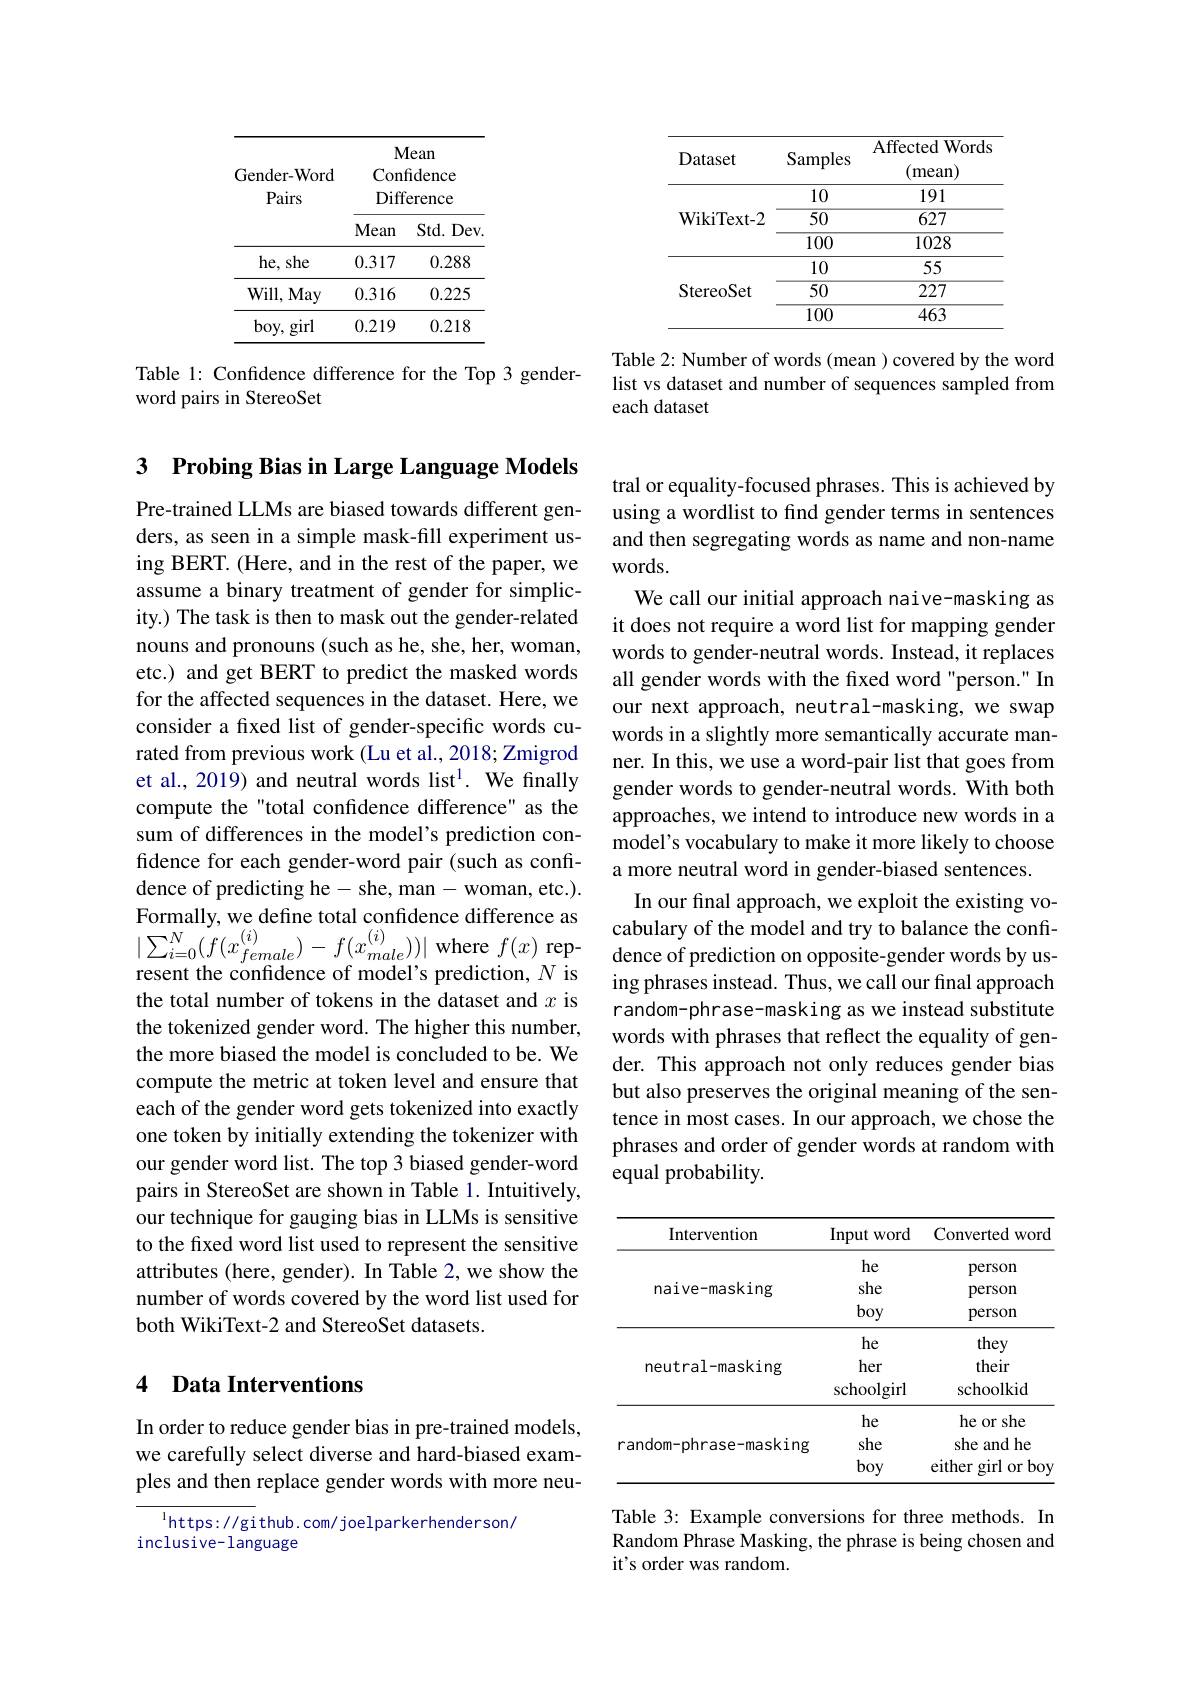
<table>
	<tbody>
		<tr>
			<td>Gender- Word Pairs</td>
			<td>$N.$ Con Diff</td>
			<td>1ean fidence erence</td>
		</tr>
		<tr>
			<th> </th>
			<th>$N$</th>
			<th>1ean</th>
		</tr>
		<tr>
			<td>Gender-Word $\mathbf{p}_{\mathrm{airc}}$</td>
			<td>Con T</td>
			<td>fidence</td>
		</tr>
		<tr>
			<td> </td>
			<td>Mean</td>
			<td>Std. Dev</td>
		</tr>
		<tr>
			<td>he, she</td>
			<td>0.317</td>
			<td>0.288</td>
		</tr>
		<tr>
			<td>Will, May</td>
			<td>0.316</td>
			<td>0.225</td>
		</tr>
		<tr>
			<td>$boy$, girl</td>
			<td>0.219</td>
			<td>0.218</td>
		</tr>
	</tbody>
</table>

word pairs in StereoSet

3 $\textbf{Probing Bias in Large Language Models}$

Pre-trained LLMs are biased towards different genders, as seen in a simple mask-fill experiment using BERT. (Here, and in the rest of the paper, we assume a binary treatment of gender for simplicity.) The task is then to mask out the gender-related nouns and pronouns (such as he, she, her, woman, etc.) and get BERT to predict the masked words for the affected sequences in the dataset. Here, we consider a fixed list of gender-specific words curated from previous work (Lu et al., 2018; Zmigrod et al., 2019) and neutral words list$^{1}.$ We finally compute the "total confidence difference" as the sum of differences in the model's prediction confidence for each gender-word pair (such as confidence of predicting he- she, man- woman, etc.). the total number of tokens in the dataset and $x$ is the tokenized gender word. The higher this number, the more biased the model is concluded to be. We compute the metric at token level and ensure that each of the gender word gets tokenized into exactly one token by initially extending the tokenizer with our gender word list. The top 3 biased gender-word pairs in StereoSet are shown in Table 1. Intuitively, our technique for gauging bias in LLMs is sensitive to the fixed word list used to represent the sensitive attributes (here, gender). In Table 2, we show the number of words covered by the word list used for both WikiText-2 and StereoSet datasets.

### 4 Data Interventions

In order to reduce gender bias in pre-trained models, we carefully select diverse and hard-biased examples and then replace gender words with more neu-

$^{1}$https: //github. com/ joelparkerhenderson/
inclusive- language

<table>
	<tbody>
		<tr>
			<th>Dataset</th>
			<th>Samples</th>
			<th>${\mathrm{Affected~Words}}$ (mean)</th>
		</tr>
		<tr>
			<td> </td>
			<td>10</td>
			<td>191</td>
		</tr>
		<tr>
			<td>WikiText- 2</td>
			<td>$\overline{50}$</td>
			<td>627</td>
		</tr>
		<tr>
			<td> </td>
			<td>100</td>
			<td>1028</td>
		</tr>
		<tr>
			<td rowspan="3">StereoSet</td>
			<td>10</td>
			<td>55</td>
		</tr>
		<tr>
			<td>$\overline{50}$</td>
			<td>227</td>
		</tr>
		<tr>
			<td>100</td>
			<td>463</td>
		</tr>
	</tbody>
</table>

Table 2: Number of words (mean ) covered by the word
Table l: Confidence difference for the Top 3 gender- list vs dataset and number of sequences sampled from
each dataset

tral or equality-focused phrases. This is achieved by using a wordlist to find gender terms in sentences and then segregating words as name and non-name words.
We call our initial approach naive-masking as it does not require a word list for mapping gender words to gender-neutral words. Instead, it replaces all gender words with the fixed word "person." In our next approach, neutral-masking, we swap words in a slightly more semantically accurate manner. In this, we use a word-pair list that goes from gender words to gender-neutral words. With both approaches, we intend to introduce new words in a model's vocabulary to make it more likely to choose a more neutral word in gender-biased sentences.
In our final approach, we exploit the existing vo-
ing phrases instead. Thus, we call our final approach random-phrase-masking as we instead substitute words with phrases that reflect the equality of gender. This approach not only reduces gender bias but also preserves the original meaning of the sentence in most cases. In our approach, we chose the phrases and order of gender words at random with equal probability.

<table>
	<tbody>
		<tr>
			<th>Intervention</th>
			<th>Input word</th>
			<th>Converted word T</th>
		</tr>
		<tr>
			<td rowspan="3">naive-masking</td>
			<td>he</td>
			<td>person</td>
		</tr>
		<tr>
			<td>she</td>
			<td>person</td>
		</tr>
		<tr>
			<td>boy</td>
			<td>person</td>
		</tr>
		<tr>
			<td rowspan="3">neutral-masking</td>
			<td>he</td>
			<td>they</td>
		</tr>
		<tr>
			<td>her</td>
			<td>their</td>
		</tr>
		<tr>
			<td>schoolgirl</td>
			<td>schoolkid</td>
		</tr>
		<tr>
			<td rowspan="3">random-phrase-masking</td>
			<td>he</td>
			<td>he or she</td>
		</tr>
		<tr>
			<td>she</td>
			<td>she and he</td>
		</tr>
		<tr>
			<td>boy</td>
			<td>either girl or boy</td>
		</tr>
	</tbody>
</table>

Table 3: Example conversions for three methods. In Random Phrase Masking, the phrase is being chosen and it's order was random.